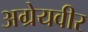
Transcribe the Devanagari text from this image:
अग्रेयवीर